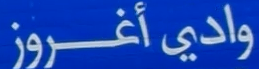
واديْْْْْْْ